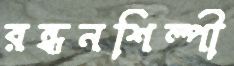
রন্ধনশিল্পী